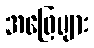
အဖြေများ